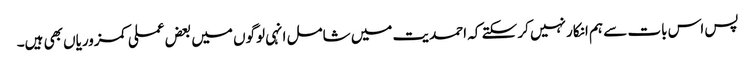
پس اس بات سے ہم انکار نہیں کر سکتے کہ احمدیت میں شامل انہی لوگوں میں بعض عملی کمزوریاں بھی ہیں۔